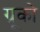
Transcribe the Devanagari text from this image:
ग्रूको